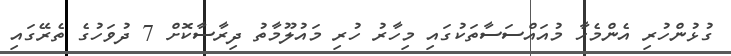
ގުޅުންހުރި އެންމެހާ މުއައްސަސާތަކުގައި މިހާރު ހުރި މައުލޫމާތު ދިރާސާކޮށް 7 ދުވަހުގެ ތެރޭގައި